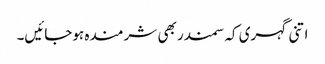
اتنی گہری کہ سمندر بھی شرمندہ ہوجائیں۔